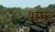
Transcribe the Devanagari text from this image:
भक